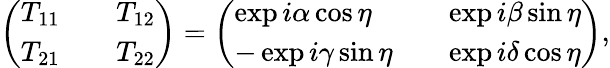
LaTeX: \left(\begin{array}{lll}{{T_{11}}}&{{}}&{{T_{12}}}\\ {{T_{21}}}&{{}}&{{T_{22}}}\end{array}\right)=\left(\begin{array}{lll}{{\exp{i\alpha}\cos{\eta}}}&{{}}&{{\exp{i\beta}\sin{\eta}}}\\ {{-\exp{i\gamma}\sin{\eta}}}&{{}}&{{\exp{i\delta}\cos{\eta}}}\end{array}\right),